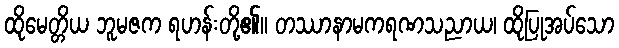
ထိုမေတ္တိယ ဘူမဇက ရဟန်းတို့၏။ တဿာနာမကရဏသညာယ၊ ထိုပြုအပ်သော